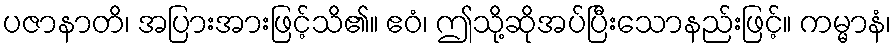
ပဇာနာတိ၊ အပြားအားဖြင့်သိ၏။ ဧဝံ၊ ဤသို့ဆိုအပ်ပြီးသောနည်းဖြင့်။ ကမ္မာနံ၊